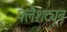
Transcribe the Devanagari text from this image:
फ्लैशट्यूब